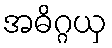
အဓိဂ္ဂယှ